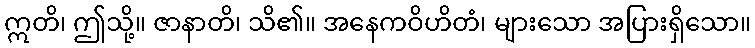
ဣတိ၊ ဤသို့။ ဇာနာတိ၊ သိ၏။ အနေကဝိဟိတံ၊ များသော အပြားရှိသော။